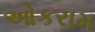
ઓકરામ